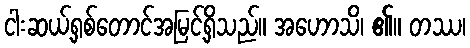
ငါးဆယ့်ရှစ်တောင်အမြင့်ရှိသည်။ အဟောသိ၊ ၏။ တဿ၊